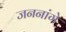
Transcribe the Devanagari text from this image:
जननांगे